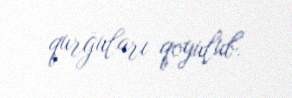
qurğuları qoyulub.